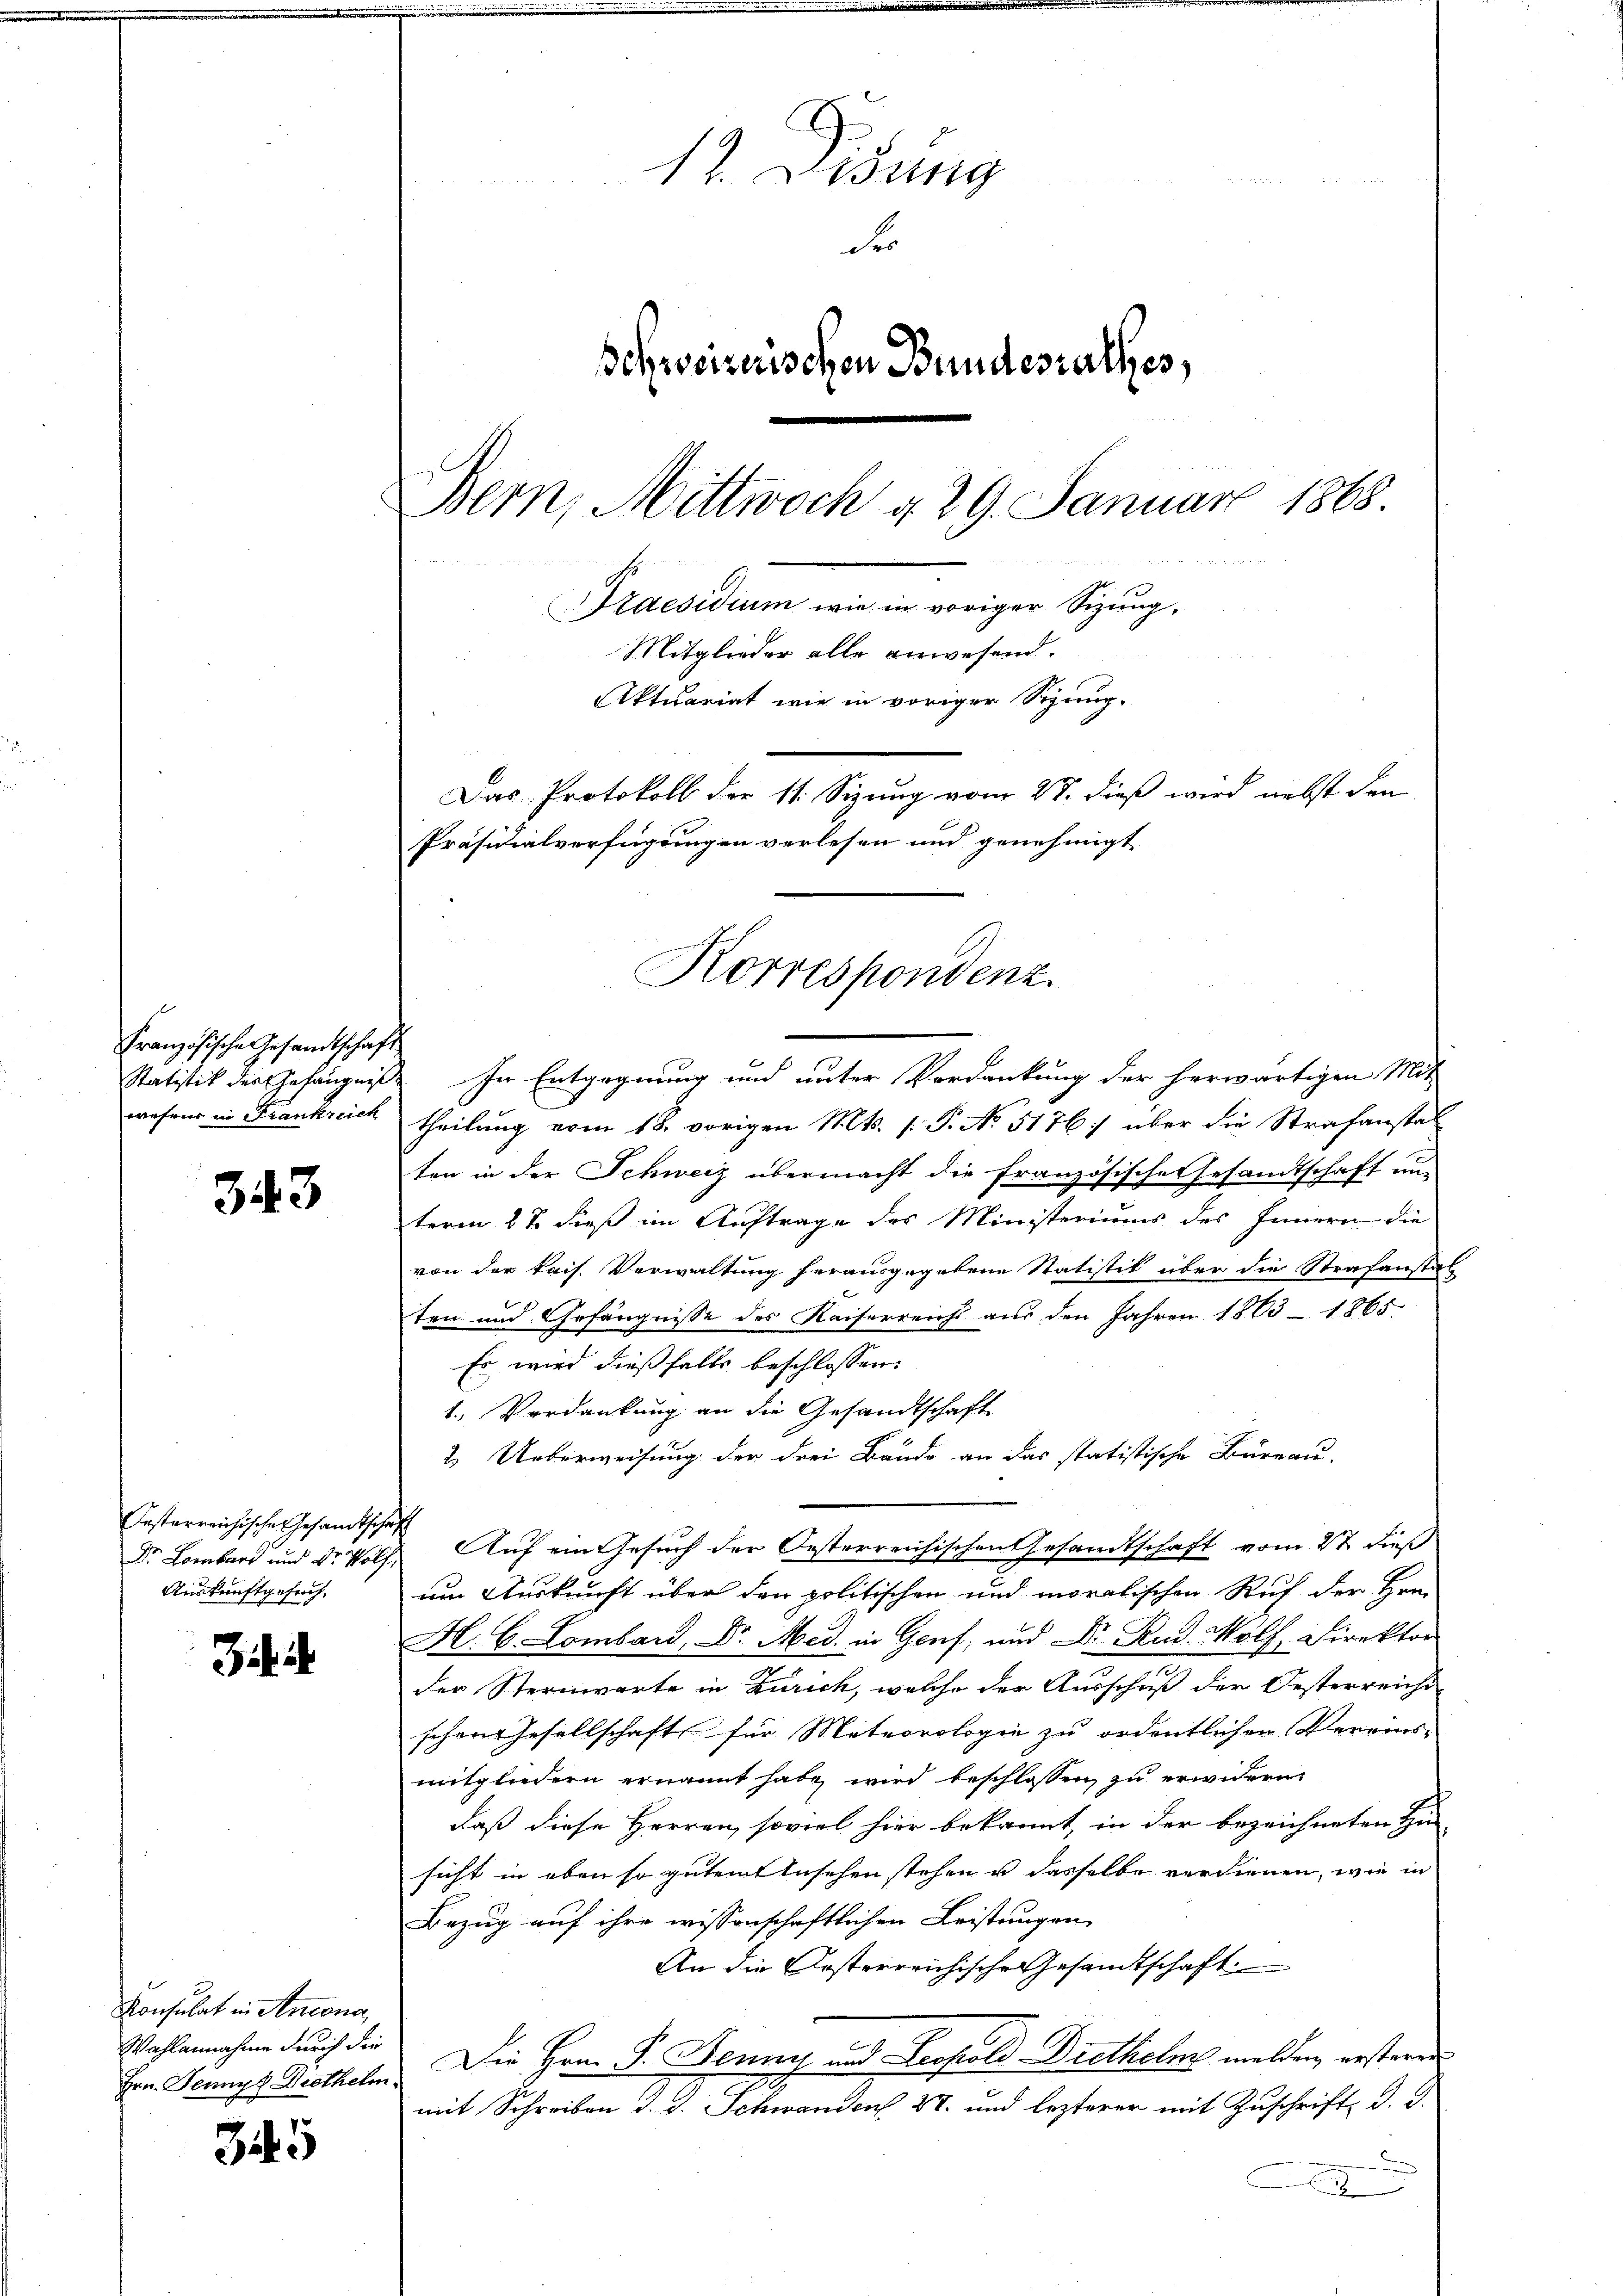
Französische Gesandtschaft
wahrer in Frankreich

343

Oesterreichische Gesandtschaft
Auskunftgesuch,

Schi

Konsulat in Antona
Wahlannahme durch die

345

d
12. Lesung

d
Schweizerischen Bundesrathes,
Bern, Mittwoch d. 29. Januar 1868.

ss
Praesidium wie in voriger Sizung,
Mitglieder alle anwesend.
Aktuariat wie in voriger Sizung.
Das Protokoll der 11. Sizung vom 27. dieß wird nebst den
Präsidialverfügungen verlesen und genehmigt

Korrespondenz

.
Statistik des Gefängniß. In Entgegnung und unter Verdankung der herwärtigen Mit
theilung vom 18. vorigen Mts. [ P. No 5176:/ über die Strafanstal
ten in der Schweiz übermacht die französische Gesandtschaft nun
term 27. dieß im Auftrage des Ministeriums des Innern die
von der kais. Verwaltung herausgegebene Statistik über die Strafanstal
ten und Gefängnisse des Kaiserreichs aus den Jahren 1865 - 1865.
Es wird dießfalls beschlossen:
1. Verdankung an die Gesandtschaft
2. Ueberweisung der drei Bände an das statistische Büreau-
Dr Lombar und Dr. Wolf Auf ein Gesuch der Oesterreichischen Gesandtschaft vom 2t dieß
um Auskunft über den politischen und moralischen Ruf der Hrrn
H. E. Lombard, Dr. Med. in Genf, und Dr. And. Wolf, Direktor
der Sternwarte in Zürich, welche der Ausschuß der Oesterreiche
schen Gesellschaft für Meteorologie zu ordentlichen Vereins-
mitgliedern ernannt habe wird beschlossen zu erwidern,
s
daß diese Herren soviel hier bekannt, in der bezeichneten Hin
sicht in eben so gutem Ansehen stehen u dasselbe verdienen, wie in
Bezug auf ihre wissenschaftlichen Leistungen
An die Ersterreichische Gesandtschaft
Hrn. Jennys Diethelm Die Herrn P. Jenny und Leopold Bretteler melden, ersterne
mit Schreiben d. d. Schwanden 27. und lezterer mit Zuschrift d. J.
a